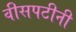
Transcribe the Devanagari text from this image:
वीसपटीनी